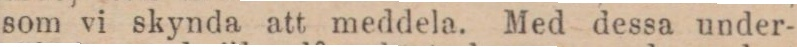
som vi skynda att meddela. Med dessa under-